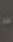
-